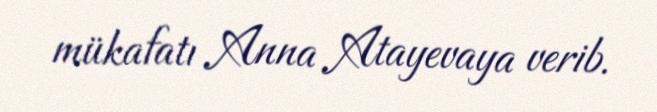
mükafatı Anna Atayevaya verib.